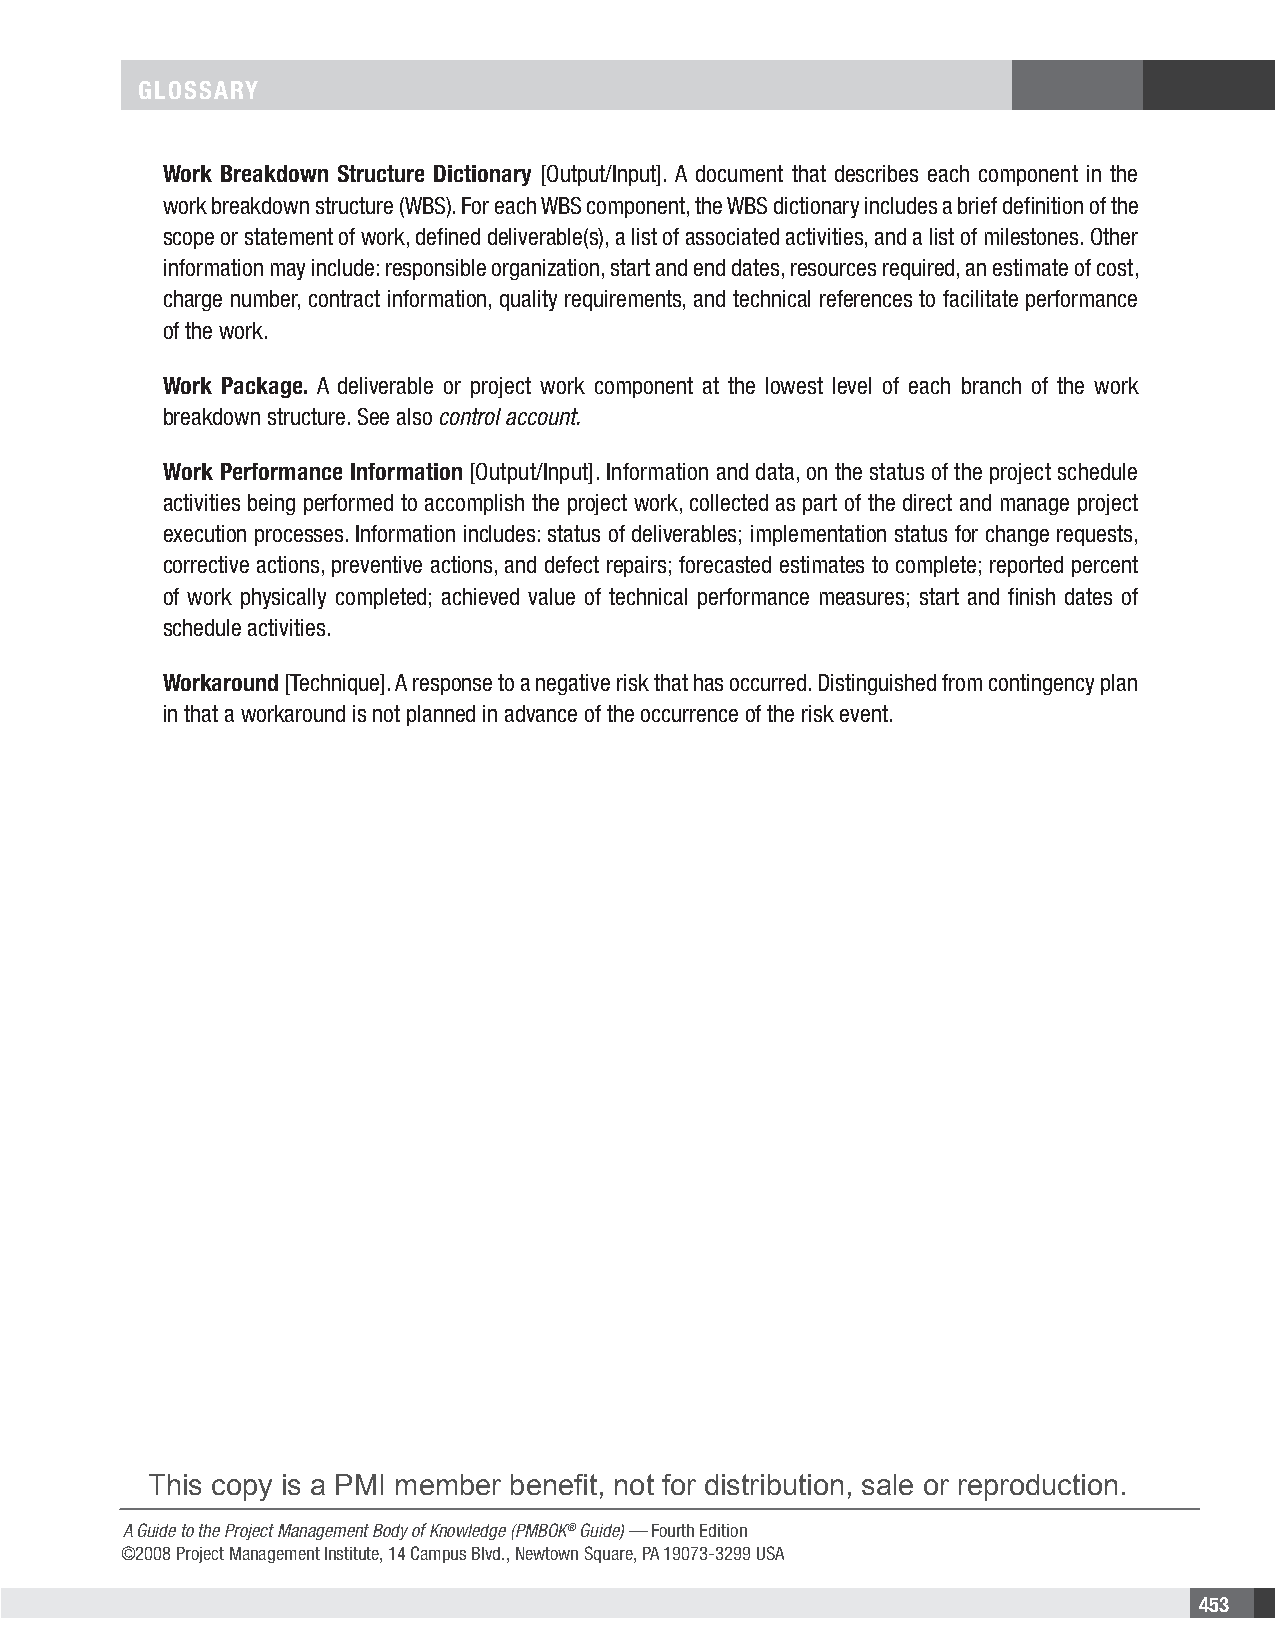
GLOSSARY
 Work Breakdown Structure Dictionary [Output/Input]. A document that describes each component in the
 work breakdown structure (WBS). For each WBS component, the WBS dictionary includes a brief definition of the
 scope or statement of work, defined deliverable(s), a list of associated activities, and a list of milestones. Other
 information may include: responsible organization, start and end dates, resources required, an estimate of cost,
 charge number, contract information, quality requirements, and technical references to facilitate performance
 of the work.
 Work Package. A deliverable or project work component at the lowest level of each branch of the work
 breakdown structure. See also control account.
 Work Performance Information [Output/Input]. Information and data, on the status of the project schedule
 activities being performed to accomplish the project work, collected as part of the direct and manage project
 execution processes. Information includes: status of deliverables; implementation status for change requests,
 corrective actions, preventive actions, and defect repairs; forecasted estimates to complete; reported percent
 of work physically completed; achieved value of technical performance measures; start and finish dates of
 schedule activities.
 Workaround [Technique]. A response to a negative risk that has occurred. Distinguished from contingency plan
 in that a workaround is not planned in advance of the occurrence of the risk event.
 This copy is a PMI member benefit, not for distribution, sale or reproduction.
 A Guide to the Project Management Body of Knowledge (PMBOK® Guide) — Fourth Edition
 ©2008 Project Management Institute, 14 Campus Blvd., Newtown Square, PA 19073-3299 USA
 453